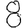
Digit: 8